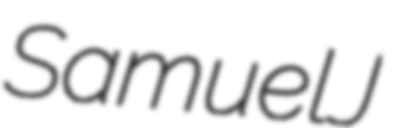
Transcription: Samuel J